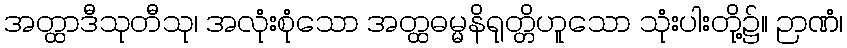
အတ္ထာဒီသုတီသု၊ အလုံးစုံသော အတ္ထဓမ္မနိရုတ္တိဟူသော သုံးပါးတို့၌။ ဉာဏံ၊